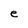
Character: e